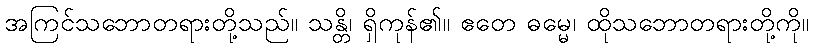
အကြင်သဘောတရားတို့သည်။ သန္တိ၊ ရှိကုန်၏။ ဧတေ ဓမ္မေ၊ ထိုသဘောတရားတို့ကို။